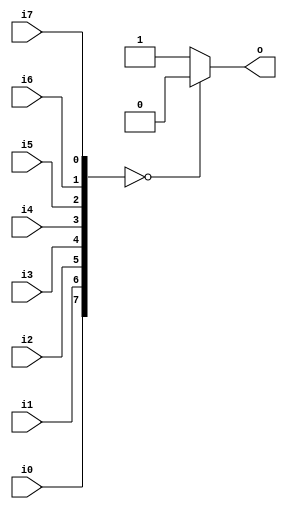
// This program was cloned from: https://github.com/dtysky/FPGA-Imaging-Library
// License: GNU Lesser General Public License v2.1

`timescale 1ns / 1ps
//////////////////////////////////////////////////////////////////////////////////
// Company: Xilinx
// 
// Design Name: 
// Module Name: Or8
// Project Name: 
// Target Devices: 
// Tool Versions: 
// Description: 
// 
// Dependenrgb24es: 
// 
// Revision:
// Revision 0.01 - File Created
// Additional Comments:
// 
//////////////////////////////////////////////////////////////////////////////////


module Or8(i0, i1, i2, i3, i4, i5, i6, i7, o);
	
	input i0;
	input i1;
	input i2;
	input i3;
	input i4;
	input i5;
	input i6;
	input i7;
	output o;

	assign o = {i0, i1, i2, i3, i4, i5, i6, i7} == 0 ? 0 : 1; 

endmodule